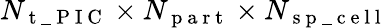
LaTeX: N_{\mathrm{~t~\_ ~P~I~C~}}\times N_{\mathrm{~p~a~r~t~}}\times N_{\mathrm{~s~p~\_ ~c~e~l~l~}}